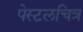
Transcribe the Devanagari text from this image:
पेस्टलचित्र